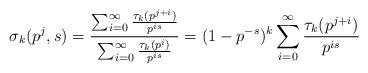
LaTeX: \begin{align*} \sigma_{k}(p^j,s) = \frac{\sum_{i=0}^{\infty} \frac{\tau_{k}(p^{j+i})}{p^{is}}}{ \sum_{i=0}^{\infty} \frac{\tau_{k}(p^i)}{p^{is}}} = (1-p^{-s})^{k} \sum_{i=0}^{\infty} \frac{\tau_{k}(p^{j+i})}{p^{is}} \end{align*}